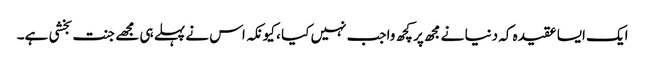
ایک ایسا عقیدہ کہ دنیا نے مجھ پر کچھ واجب نہیں کیا ، کیونکہ اس نے پہلے ہی مجھے جنت بخشی ہے۔